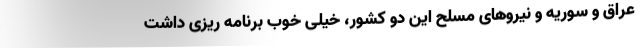
عراق و سوریه و نیروهای مسلح این دو کشور، خیلی خوب برنامه ریزی داشت